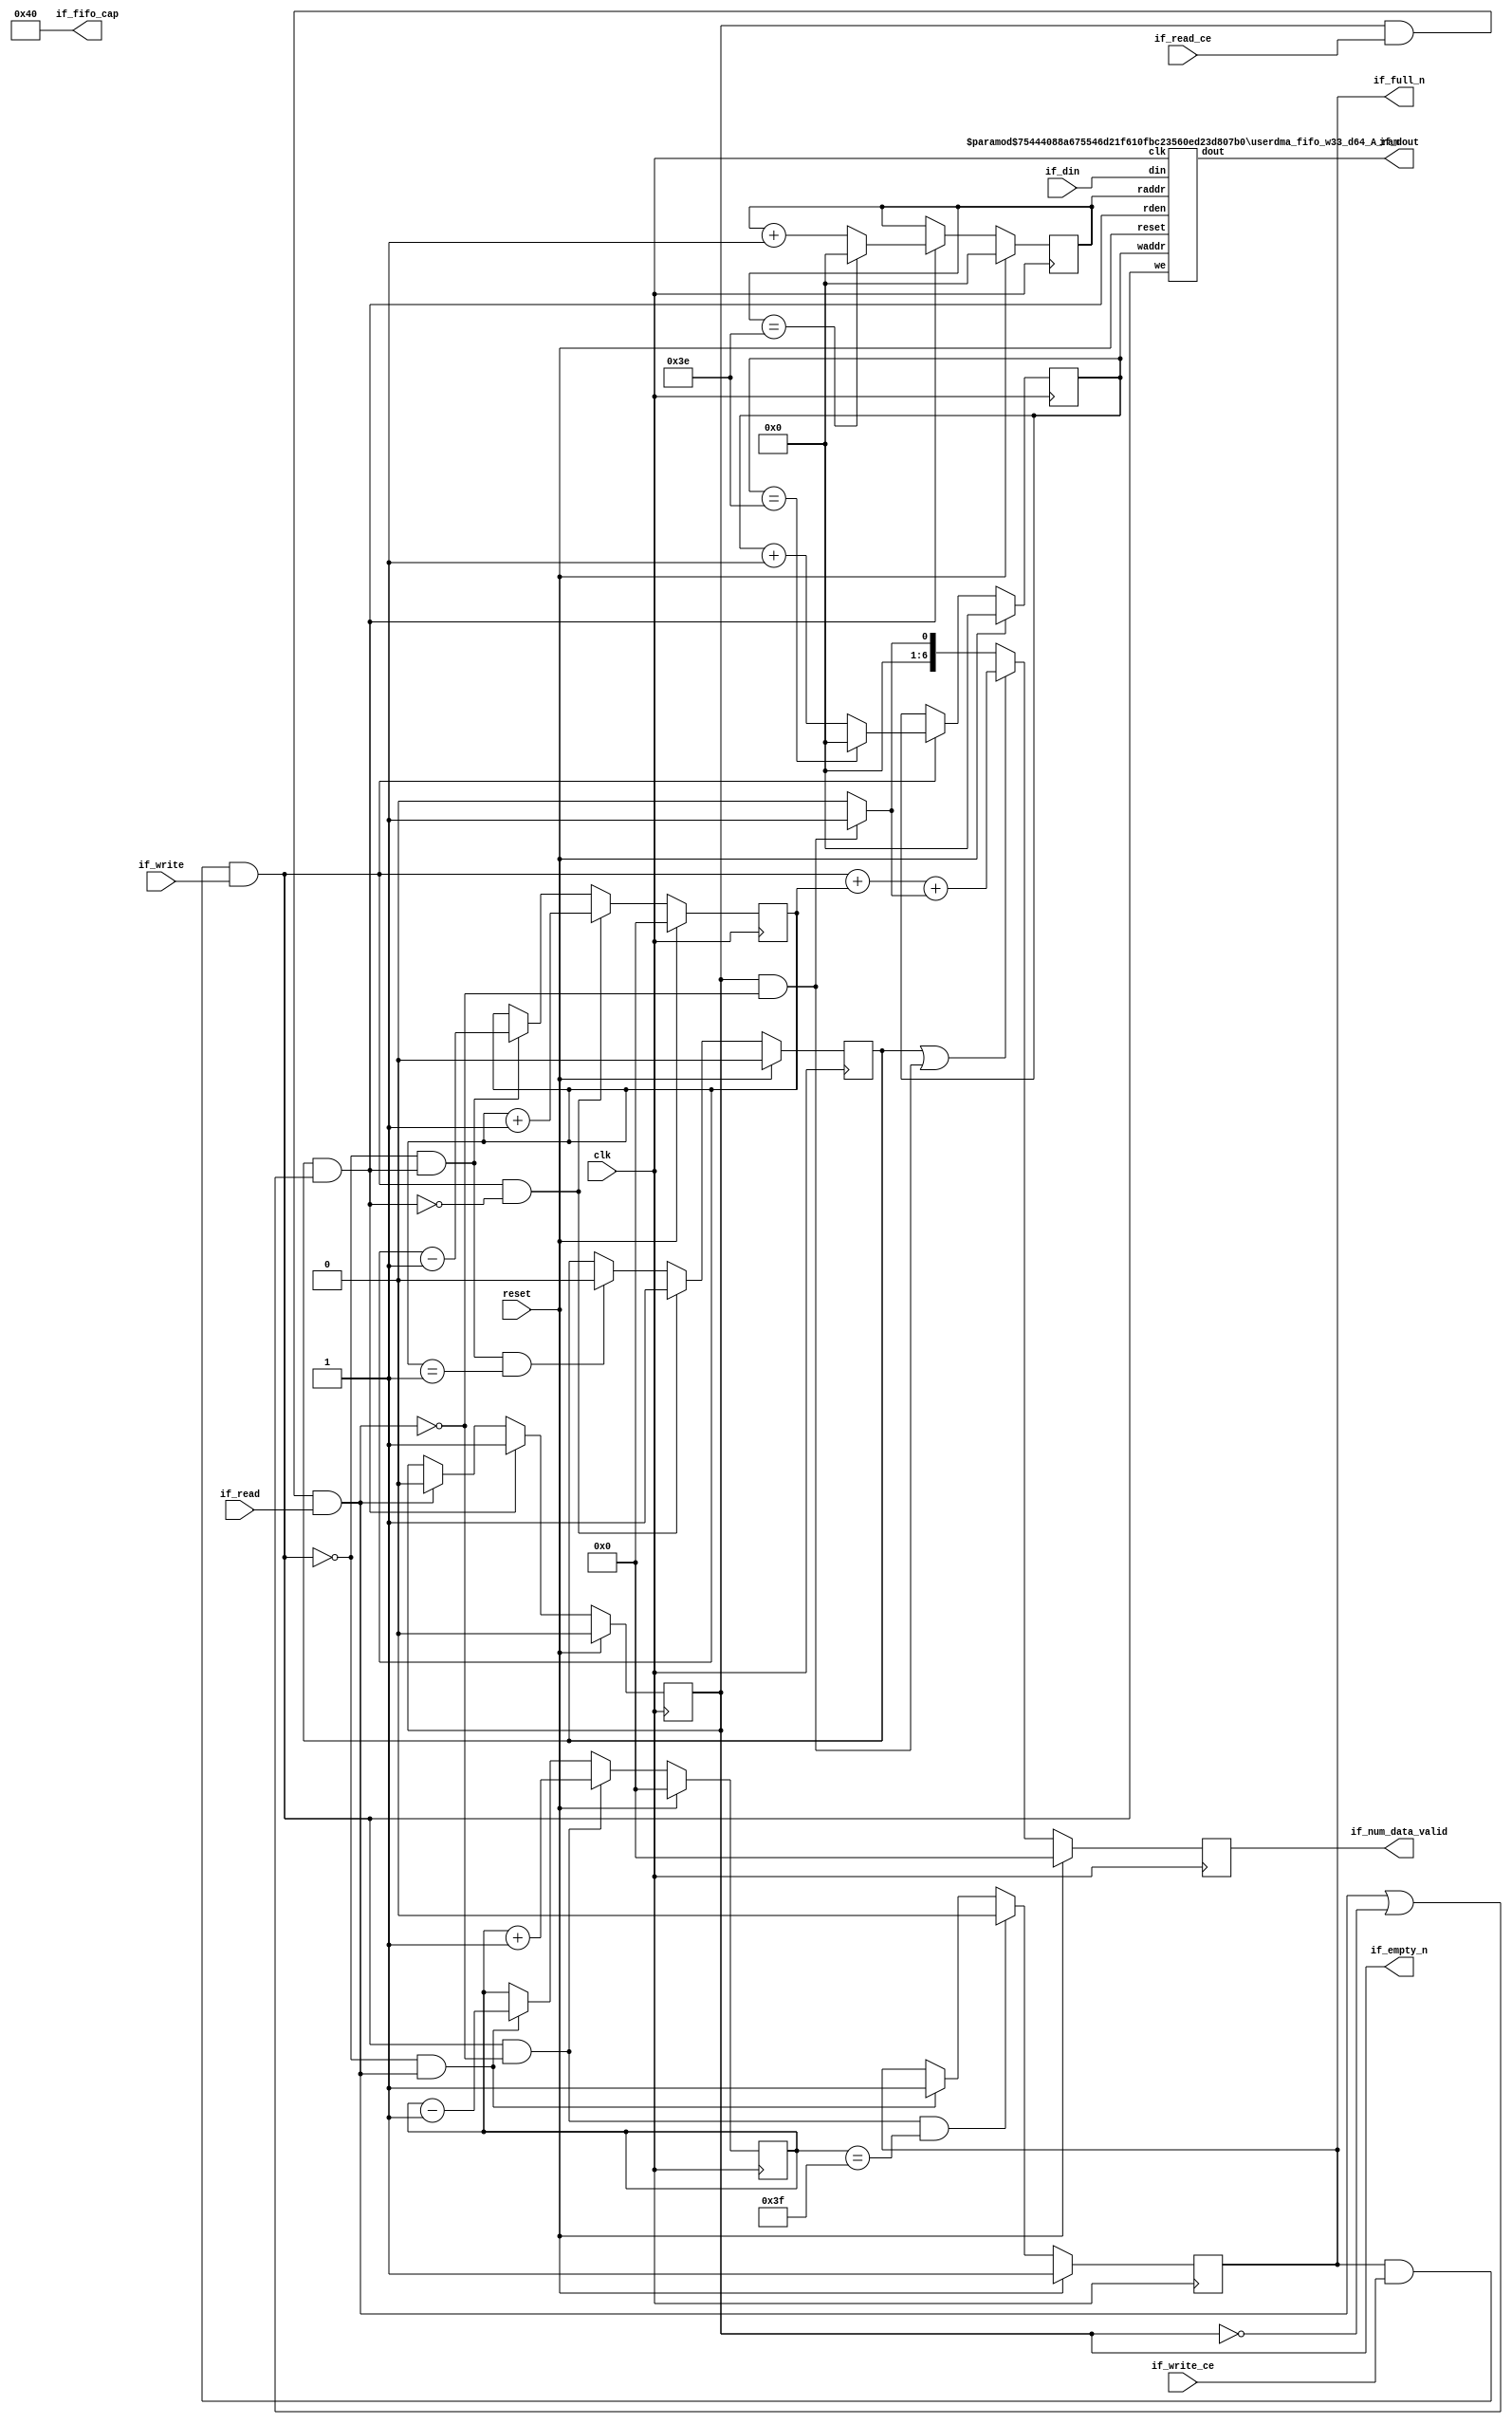
// ==============================================================
// Generated by Vitis HLS v2023.2
// Copyright 1986-2022 Xilinx, Inc. All Rights Reserved.
// Copyright 2022-2023 Advanced Micro Devices, Inc. All Rights Reserved.
// ==============================================================
// 67d7842dbbe25473c3c32b93c0da8047785f30d78e8a024de1b57352245f9689

`timescale 1ns/1ps
//RAW latency 2 

module userdma_fifo_w33_d64_A
#(parameter
    MEM_STYLE    = "auto",
    DATA_WIDTH   = 33,
    ADDR_WIDTH   = 6,
    DEPTH        = 63)
(
    // system signal
    input  wire                  clk,
    input  wire                  reset,

    // write
    output wire                  if_full_n,
    input  wire                  if_write_ce,
    input  wire                  if_write,
    input  wire [DATA_WIDTH-1:0] if_din,
    
    // read 
    output wire [ADDR_WIDTH:0]   if_num_data_valid, // for FRP
    output wire [ADDR_WIDTH:0]   if_fifo_cap,       // for FRP

    output wire                  if_empty_n,
    input  wire                  if_read_ce,
    input  wire                  if_read,
    output wire [DATA_WIDTH-1:0] if_dout
);
//------------------------Parameter----------------------

//------------------------Local signal-------------------
    reg  [ADDR_WIDTH-1:0] waddr;
    reg  [ADDR_WIDTH-1:0] raddr;
    wire [ADDR_WIDTH-1:0] wnext;
    wire [ADDR_WIDTH-1:0] rnext;
    wire                  push;
    wire                  pop;
    reg  [ADDR_WIDTH:0]   mOutPtr;
    reg                   empty_n = 1'b0;
    reg                   full_n = 1'b1;
    // has num_data_valid? 
    wire                  num_extra_words;//yes
    reg  [ADDR_WIDTH:0]   num_data_valid; //yes 

    wire                  pop_dout;
    reg  [ADDR_WIDTH:0]   num_data_cnt;
    reg                   dout_vld = 1'b0;

//------------------------Instantiation------------------
    userdma_fifo_w33_d64_A_ram 
    #(  .MEM_STYLE  (MEM_STYLE),
        .DATA_WIDTH (DATA_WIDTH),
        .ADDR_WIDTH (ADDR_WIDTH),
        .DEPTH      (DEPTH)
    ) U_userdma_fifo_w33_d64_A_ram (
        .clk        (clk),
        .reset      (reset),
        .we         (push),
        .waddr      (waddr),
        .din        (if_din),
        .raddr      (raddr),
        .rden       (pop),
        .dout       (if_dout)
    );

//------------------------Task and function--------------

//------------------------Body---------------------------
    // num_data_valid 
    assign if_num_data_valid = num_data_valid;
    assign if_fifo_cap = DEPTH + 1;

    // almost full/empty 

    // program full/empty 

    assign if_full_n  = full_n;
    assign if_empty_n = dout_vld;

    assign push       = full_n & if_write_ce & if_write;
    assign pop        = empty_n & (pop_dout | ~dout_vld);
    assign pop_dout   = dout_vld & if_read_ce & if_read;
    
    assign wnext      = !push                ? waddr :
                        (waddr == DEPTH - 1) ? 1'b0  :
                        waddr + 1'b1;
    assign rnext      = !pop                 ? raddr :
                        (raddr == DEPTH - 1) ? 1'b0  :
                        raddr + 1'b1;

    // waddr
    always @(posedge clk) begin
        if (reset)
            waddr <= {ADDR_WIDTH{1'b0}};
        else
            waddr <= wnext;
    end

    // raddr
    always @(posedge clk) begin
        if (reset)
            raddr <= {ADDR_WIDTH{1'b0}};
        else
            raddr <= rnext;
    end

    // mOutPtr
    always @(posedge clk) begin
        if (reset)
            mOutPtr <= {ADDR_WIDTH+1{1'b0}};
        else if (push & ~pop)
            mOutPtr <= mOutPtr + 1'b1;
        else if (~push & pop)
            mOutPtr <= mOutPtr - 1'b1;
    end

    // full_n 
    always @(posedge clk) begin
        if (reset)
            full_n <= 1'b1;
        else if ((push & ~pop_dout) && (num_data_cnt == DEPTH))
            full_n <= 1'b0;
        else if (~push & pop_dout)
            full_n <= 1'b1;
    end

    // empty_n
    always @(posedge clk) begin
        if (reset)
            empty_n <= 1'b0;
        else if (push & ~pop)
            empty_n <= 1'b1;
        else if ((~push & pop) && (mOutPtr == 1))
            empty_n <= 1'b0;
    end

    // almost_full_n 

    // almost_empty_n 

    // prog_full_n 

    // prog_empty_n 

    // num_data_cnt
    always @(posedge clk) begin
        if (reset)
            num_data_cnt <= {ADDR_WIDTH+1{1'b0}};
        else if ( push & ~pop_dout)
            num_data_cnt <= num_data_cnt + 1'b1;
        else if (~push & pop_dout)
            num_data_cnt <= num_data_cnt - 1'b1;
    end

    // num_data_valid 
    assign num_extra_words = (dout_vld & ~pop_dout) ? 1 : 0;
                             
    always @(posedge clk) begin
        if (reset)
            num_data_valid <= {ADDR_WIDTH+1{1'b0}};
        else if (empty_n | (dout_vld & ~pop_dout))
            num_data_valid <= push + mOutPtr + num_extra_words;
        else
            num_data_valid <= num_extra_words;
    end // 

    // dout_vld
    always @(posedge clk) begin
        if (reset)
            dout_vld <= 1'b0;
        else if (pop)
            dout_vld <= 1'b1;
        else if (pop_dout)
            dout_vld <= 1'b0;
    end

endmodule


module userdma_fifo_w33_d64_A_ram
#(parameter
    MEM_STYLE   = "auto",
    DATA_WIDTH  = 33,
    ADDR_WIDTH  = 6,
    DEPTH       = 63)
(
    input  wire                  clk,
    input  wire                  reset,
    input  wire                  we,
    input  wire [ADDR_WIDTH-1:0] waddr,
    input  wire [DATA_WIDTH-1:0] din,
    input  wire [ADDR_WIDTH-1:0] raddr,
    input  wire                  rden,
    output wire [DATA_WIDTH-1:0] dout
);

    (* ram_style = MEM_STYLE *)
    reg  [DATA_WIDTH-1:0] mem[0:DEPTH-1];
    reg  [DATA_WIDTH-1:0] mem_reg;

    always @(posedge clk) begin
        if (we)
            mem[waddr] <= din;
    end

    always @(posedge clk) begin
        if (reset)
            mem_reg <= 0;
        else if (rden)
            mem_reg <= mem[raddr];
    end
    
    assign dout = mem_reg;

endmodule